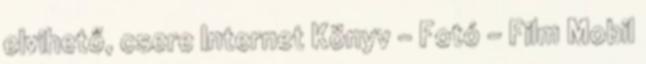
elvihető, csere Internet Könyv - Fotó - Film Mobil